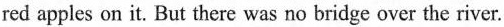
red apples on it. But there was no bridge over the river.